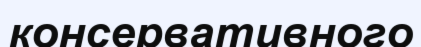
консервативного